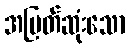
အမြတ်ဆုံးသော